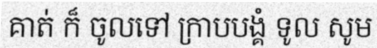
គាត់ ក៏ ចូលទៅ ក្រាបបង្គំ ទូល សូម